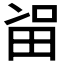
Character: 𱰯